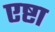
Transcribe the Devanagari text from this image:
एष्टा